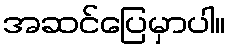
အဆင်ပြေမှာပါ။